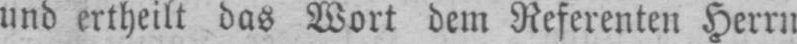
und ertheilt das Wort dem Referenten Herrn